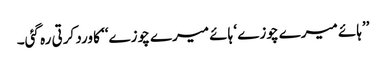
’’ہائے میرے چوزے ‘ ہائے میرے چوزے‘‘ کا ورد کرتی رہ گئی۔